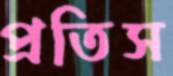
প্রতিস